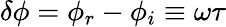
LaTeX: \delta\phi=\phi_{r}-\phi_{i}\equiv\omega\tau